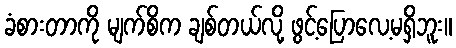
ခံစားတာကို မျက်စိက ချစ်တယ်လို့ ဖွင့်ပြောလေ့မရှိဘူး။